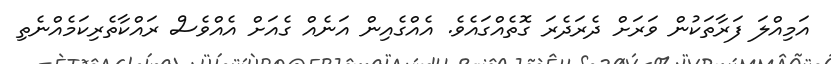
އަމިއްލަ ފަރާތަކުން ވަރަށް ދެރަދެރަ ގޮތެއްގައެވެ. އެއްގެއިން އަނެއް ގެއަށް އެއްވެސް ރައްކާތެރިކަމެއްނެތި